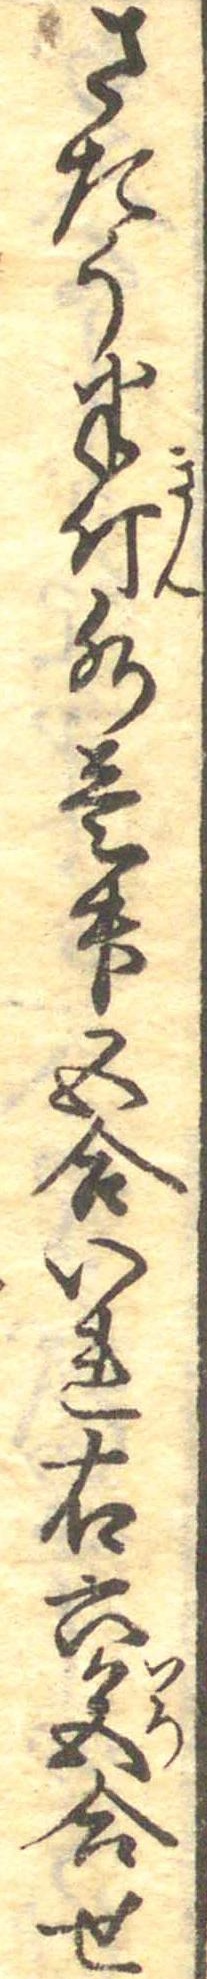
さたう半斤水壱升五合いれ右六色合せ